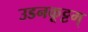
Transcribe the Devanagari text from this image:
उडनकूट्टम्